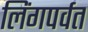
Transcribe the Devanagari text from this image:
लिंगपर्वत